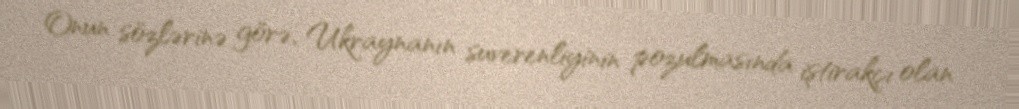
Onun sözlərinə görə, Ukraynanın suverenliyinin pozulmasında iştirakçı olan